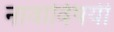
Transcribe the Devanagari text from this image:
नावाविषयी